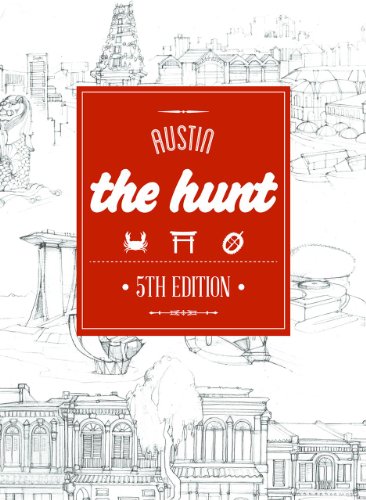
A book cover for The HUNT Austin (The HUNT Guides); Tolly Moseley Carnes; Travel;